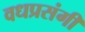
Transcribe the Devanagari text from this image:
वधप्रसंगी